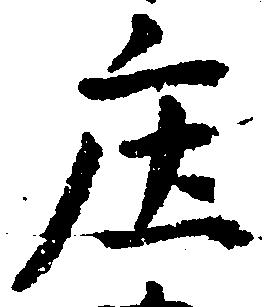
庄